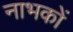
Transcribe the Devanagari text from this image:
नाभकों